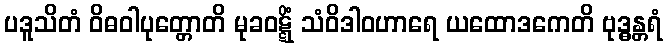
ပဒူသိတံ ဝိဓဝါပုတ္တောတိ မုခဝဋ္ဋိံ သံဝိဒါဝဟာရေ ယထောဒကေတိ ဗုဒ္ဓန္တရံ